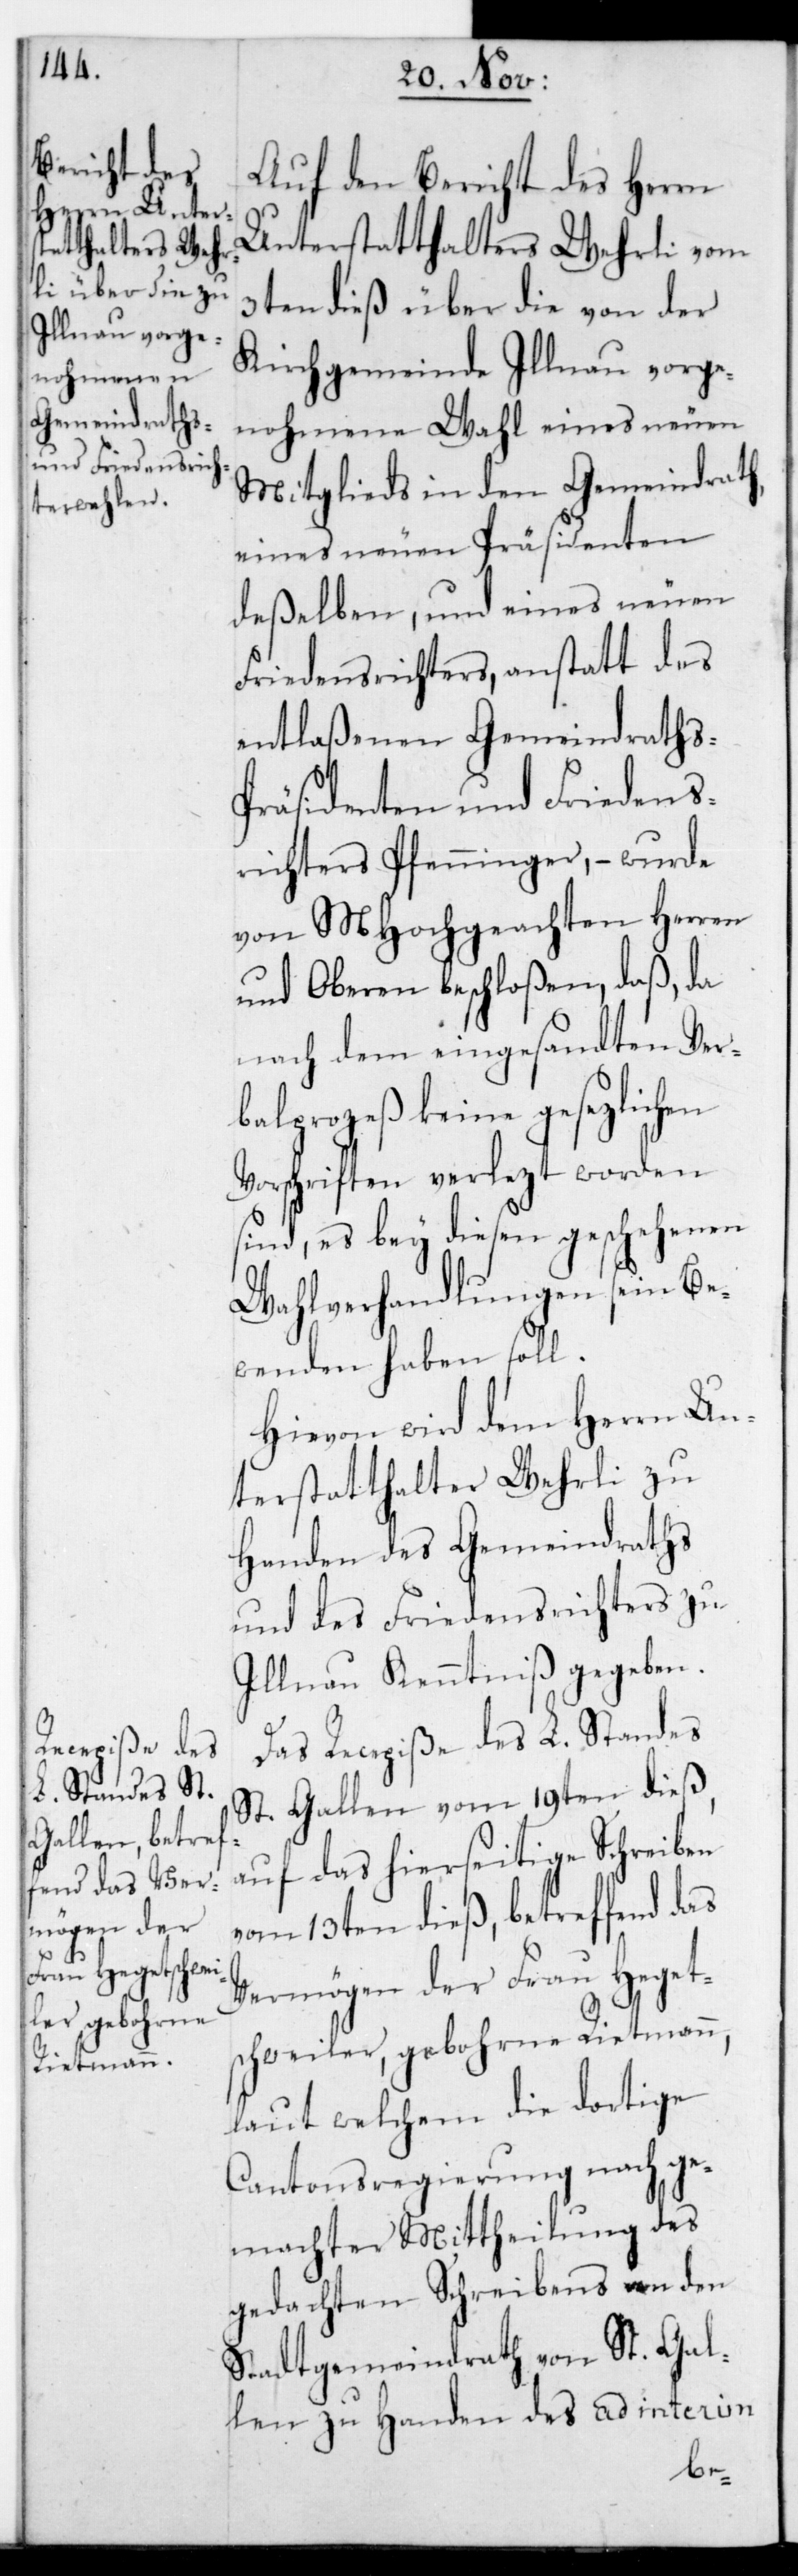
Auf den Bericht des Herrn
Unterstatthalters Wehrli vom
3ten dieß, über die von der
Kirchgemeinde Illnau vorge¬
nohmene Wahl eines neuen
Mitglieds in den Gemeindrath,
eines neuen Präsidenten
deßelben, und eines neuen
Friedensrichters, anstatt des
entlaßenen Gemeindraths-P¬
räsidenten und Friedens¬
richters Pfenninger, – wurde
von MHochgeachten Herren
und Oberen beschloßen, daß da
nach dem eingesandten Ver¬
balprozeß keine gesetzlichen
Vorschriften verletzt worden
sind, es bey diesen geschehenen
Wahlverhandlungen sein Be¬
wenden haben soll.
Hievon wird dem Herrn Un¬
terstatthalter Wehrli zu
Handen des Gemeindraths
und des Friedensrichters zu
Illnau Kenntniß gegeben.
Das Recepiße des L. Standes
St. Gallen vom 19ten dieß,
auf das hierseitige Schreiben
vom 13ten dieß, betreffend das
Vermögen der Frau Heget¬
schweiler, gebohrne Rietmann,
laut welchem die dortige
Cantonsregierung nach ge¬
machter Mittheilung des
gedachten Schreibens von dem
Stadtgemeindrath von St. Gal¬
len zu Handen des ad interim